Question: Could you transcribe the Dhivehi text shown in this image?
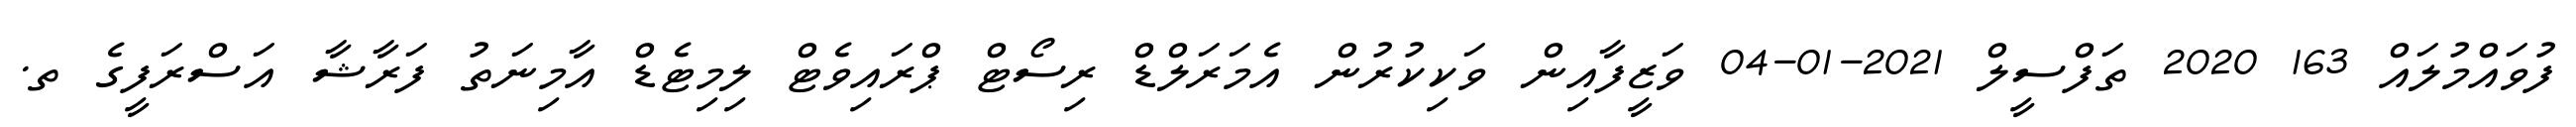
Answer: ފުވައްމުލައް 163 2020 ތަފްސީލް 2021-01-04 ވަޒީފާއިން ވަކިކުރުން އެމަރަލްޑް ރިސޯޓް ޕްރައިވެޓް ލިމިޓެޑް އާމިނަތު ފަރާޝާ އަސްރަފީގެ ތ.